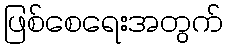
ဖြစ်စေရေးအတွက်